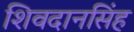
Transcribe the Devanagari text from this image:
शिवदानसिंह